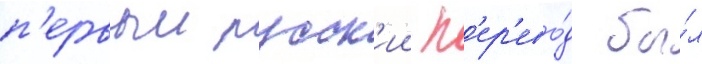
п'ервыи русск'ии п'ер'ево́д бы́л